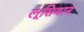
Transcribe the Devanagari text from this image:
लूसियान